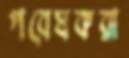
গবেষকরা